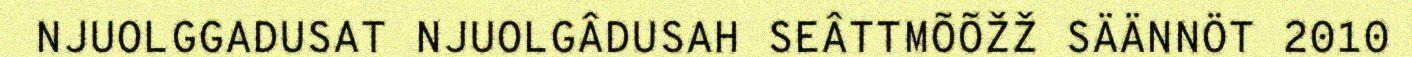
NJUOLGGADUSAT NJUOLGÂDUSAH SEÂTTMÕÕŽŽ SÄÄNNÖT 2010